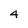
Character: 4